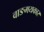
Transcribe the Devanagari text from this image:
वाङमयकार